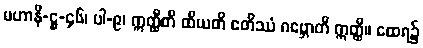
မဟာနိ-ဋ္ဌ-၄၆၊ ပါ-၉၊ ဣတ္ထီတိ ထိယတိ ဧတိဿံ ဂဗ္ဘောတိ ဣတ္ထီ။ ထေရ၌